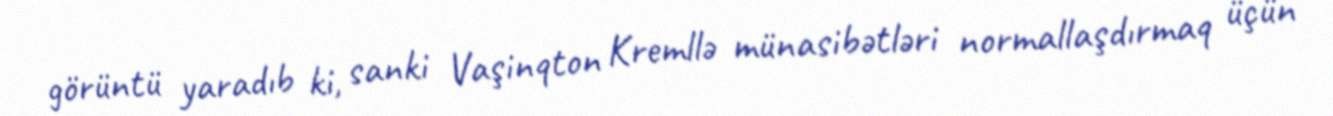
görüntü yaradıb ki, sanki Vaşinqton Kremllə münasibətləri normallaşdırmaq üçün